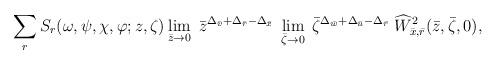
LaTeX: \begin{align*}\sum_{r}S_{r}(\omega, \psi, \chi, \varphi; z, \zeta)\lim_{\bar{z} \rightarrow 0} \;\bar{z}^{\Delta_{\bar{v}} + \Delta_{\bar{r}} - \Delta_{\bar{x}}} \;\lim_{\bar{\zeta}\rightarrow 0} \;\bar{\zeta}^{\Delta_{\bar{w}} +\Delta_{\bar{u}} - \Delta_{\bar{r}}} \;\widehat{W}_{\bar{x},\bar{r}}^{2}(\bar{z},\bar{\zeta},0),\end{align*}